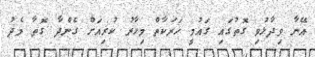
އޭނާ ވިދާޅުވި ގޮތުގައި ގައުމީ ހަރަކާތް މިހާރު ކުރިއަށް ގެންދާ ގޮތާ މެދު